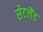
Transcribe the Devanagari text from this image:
सेटलैंड